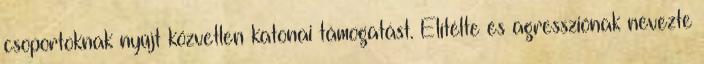
csoportoknak nyújt közvetlen katonai támogatást. Elítélte és agressziónak nevezte